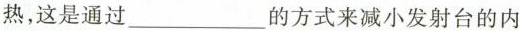
热，这是通过____的方式来减小发射台的内